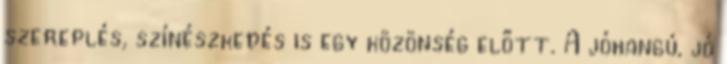
szereplés, színészkedés is egy közönség előtt. A jóhangú, jó